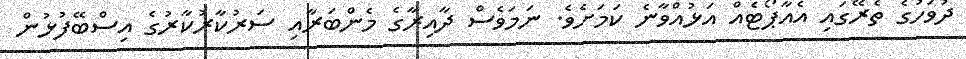
ދުވަހުގެ ތެރޭގައި އެއާޕޯޓެއް އަޅުއްވާނެ ކަމަށެވެ. ނަމަވެސް ދާއިރާގެ މެންބަރާއި ސަރުކާރުކާރުގެ އިސްބޭފުޅުން